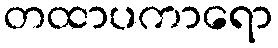
တထာပကာရော